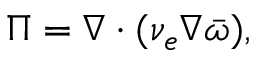
\Pi = \nabla \cdot ( \nu _ { e } \nabla \bar { \omega } ) ,